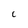
Character: C